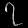
Digit: ၇